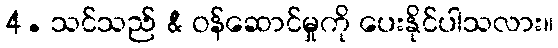
4. သင်သည် & ဝန်ဆောင်မှုကို ပေးနိုင်ပါသလား။